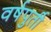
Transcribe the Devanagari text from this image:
वर्षपुर्ती